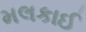
મલકાઈ